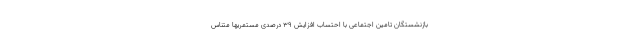
بازنشستگان تامین اجتماعی با احتساب افزایش ۳۹ درصدی مستمریها متناس